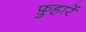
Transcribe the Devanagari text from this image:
फ़ुहारें